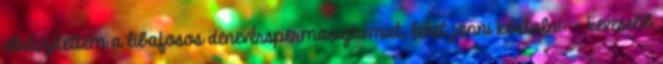
elkészítettem a libafosos denevérspermasajtomat, lehet jönni kóstolni. - kevesebb